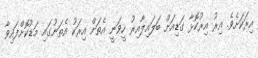
އިރަކަށެވެ. އިރު އިރުކޮޅާ ގަޑިއަށް ބަލައިލާއިރު ހީވަނީ އެތަށް އިރަކު އެތަނުގައި މަޑުކޮށްފައިވާ